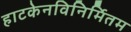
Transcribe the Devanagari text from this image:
हाटकेनविनिर्मितम